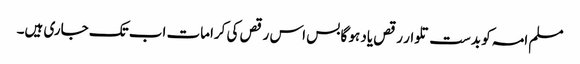
مسلم امہ کو بدست تلوار رقص یاد ہو گا بس اس رقص کی کرامات اب تک جاری ہیں۔